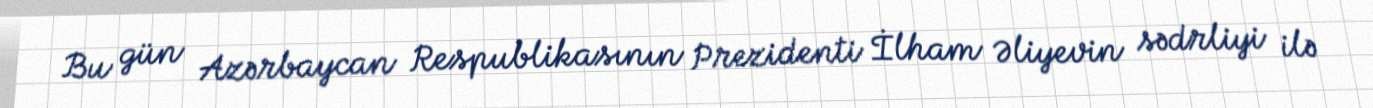
Bu gün Azərbaycan Respublikasının Prezidenti İlham Əliyevin sədrliyi ilə